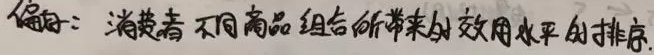
偏好：消费者对不同商品组合所带来的效用水平的排序.